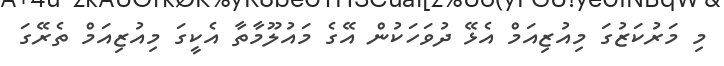
މި މަރުކަޒުގަ މިއުޒިއަމް އެޅޭ ދުވަހަކުން އޭގެ މައުލޫމާތާ އެކީގަ މިއުޒިއަމް ތެރޭގަ